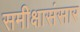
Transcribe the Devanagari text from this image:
समीक्षासंसार